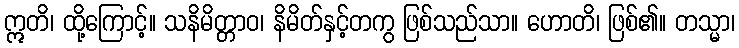
ဣတိ၊ ထို့ကြောင့်။ သနိမိတ္တာဝ၊ နိမိတ်နှင့်တကွ ဖြစ်သည်သာ။ ဟောတိ၊ ဖြစ်၏။ တသ္မာ၊